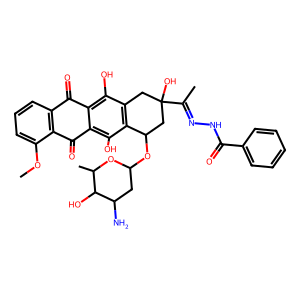
SMILES: COc1cccc2c1C(=O)c1c(O)c3c(c(O)c1C2=O)CC(O)(C(C)=NNC(=O)c1ccccc1)CC3OC1CC(N)C(O)C(C)O1
Inhibits HIV replication: No